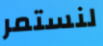
لنستمر